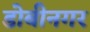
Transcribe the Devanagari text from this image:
डोबीनगर